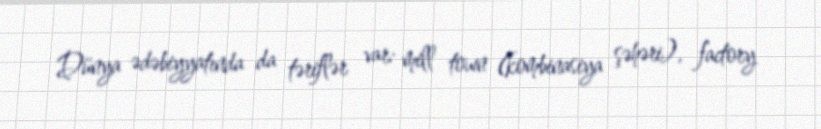
Dünya ədəbiyyatında da təriflər var: mill town (kombinasiya şəhəri), factory